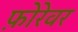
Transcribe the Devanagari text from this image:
फ़ोरेवर